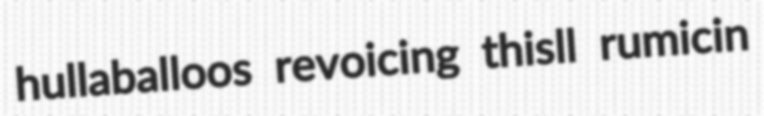
hullaballoos revoicing thisll rumicin